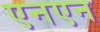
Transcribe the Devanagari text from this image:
एनएन